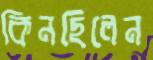
কিনছিলেন